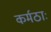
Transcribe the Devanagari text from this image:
कर्मठाः